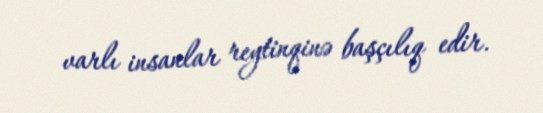
varlı insanlar reytinqinə başçılıq edir.